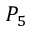
P _ { 5 }